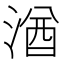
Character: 湭